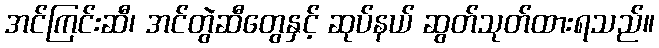
အင်ကြင်းဆီ၊ အင်တွဲဆီတွေနှင့် ဆုပ်နယ် ဆွတ်သုတ်ထားရသည်။